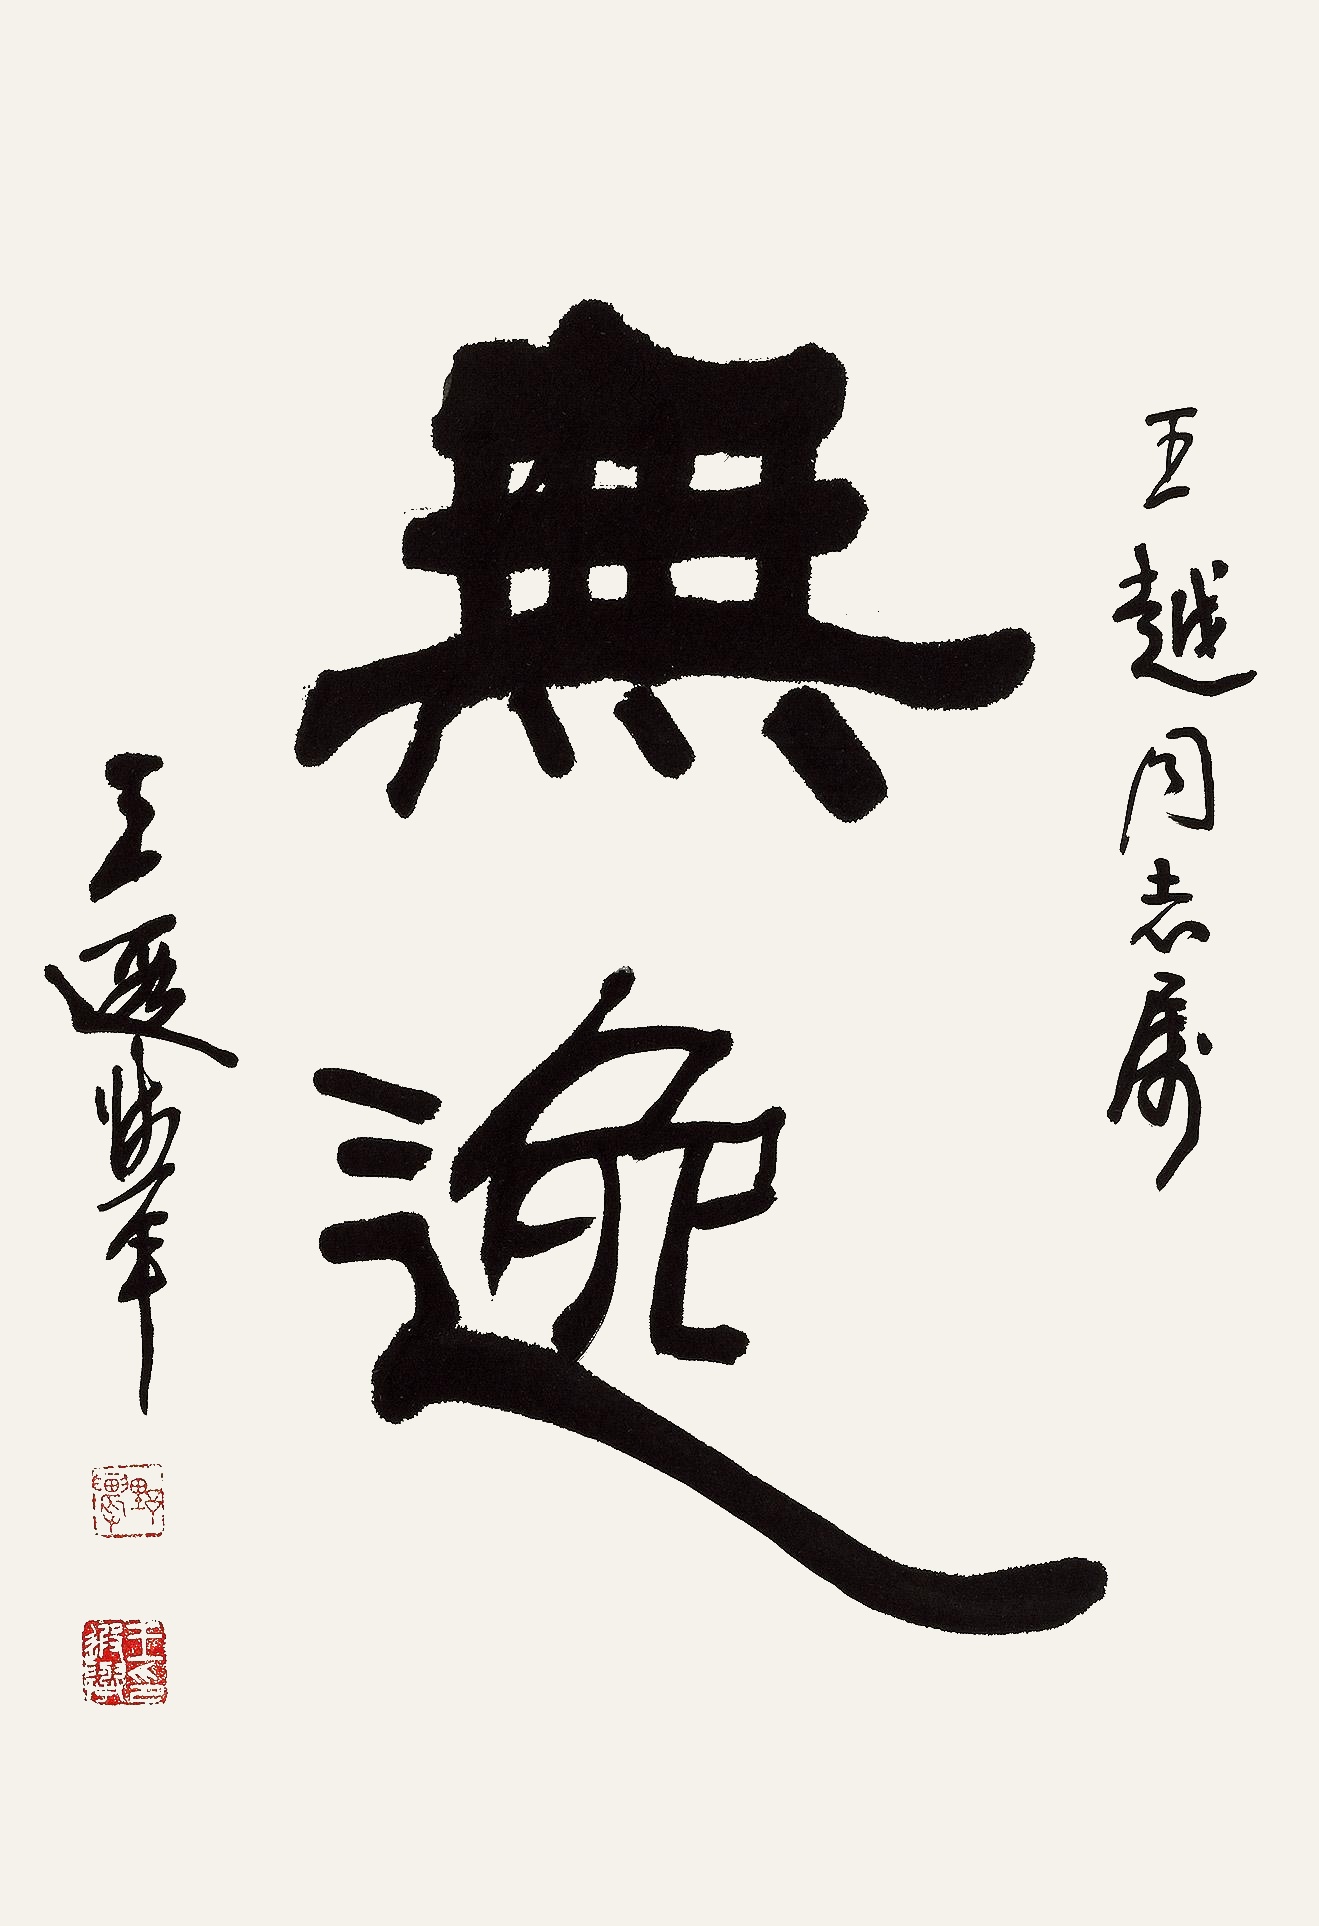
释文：无逸王越同志属。王遐举。